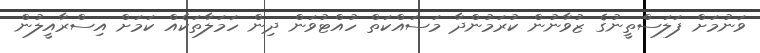
ވަނުމަށް ފަލަސްތީނުގެ ޒުވާނުން ކުރަމުންދާ މަސައްކަތް ހުއްޓުވަން ދިން ހަމަލާތަކެއް ކަމަށް އިސްރާއީލުން